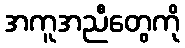
အကူအညီတွေကို